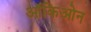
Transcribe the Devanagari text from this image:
ऑकिओन